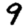
Digit: 9